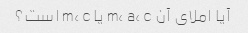
آیا املای آن m، a، c یا m، c است؟